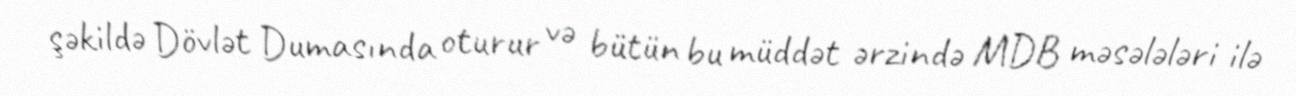
şəkildə Dövlət Dumasında oturur və bütün bu müddət ərzində MDB məsələləri ilə